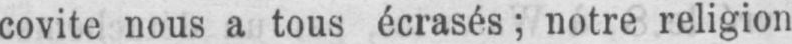
covite nous a tous écrasés; notre religion